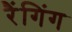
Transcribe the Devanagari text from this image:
रैंगिंग